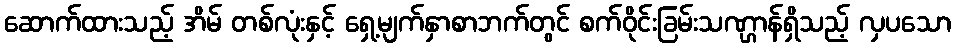
ဆောက်ထားသည့် အိမ် တစ်လုံးနှင့် ရှေ့မျက်နှာစာဘက်တွင် စက်ဝိုင်းခြမ်းသဏ္ဌာန်ရှိသည့် လှပသော